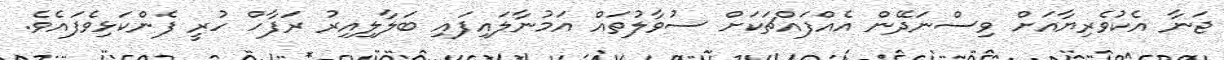
ޖަނާ އެކުވެރިޔާއަށް ވިސްނަދޭން އެއްފައްޗަކަށް ސުވާލުތައް އަމުނާލައިފައި ބަލާލިއިރު ރަފާހް ހުރީ ފެންކަޅިވެފައެވެ.